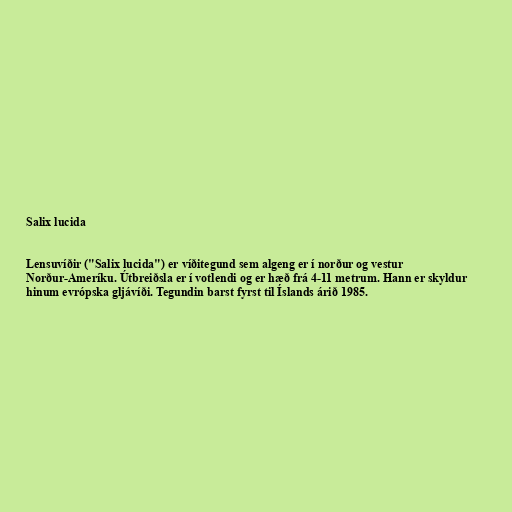
Salix lucida

Lensuvíðir ("Salix lucida") er víðitegund sem algeng er í norður og vestur
Norður-Ameríku. Útbreiðsla er í votlendi og er hæð frá 4-11 metrum. Hann er skyldur
hinum evrópska gljávíði. Tegundin barst fyrst til Íslands árið 1985.